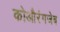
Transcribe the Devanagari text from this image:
कोऔरंगजेब